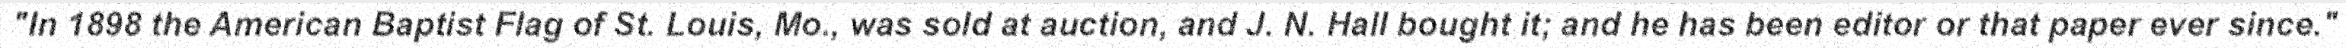
"In 1898 the American Baptist Flag of St. Louis, Mo., was sold at auction, and J. N. Hall bought it; and he has been editor or that paper ever since."